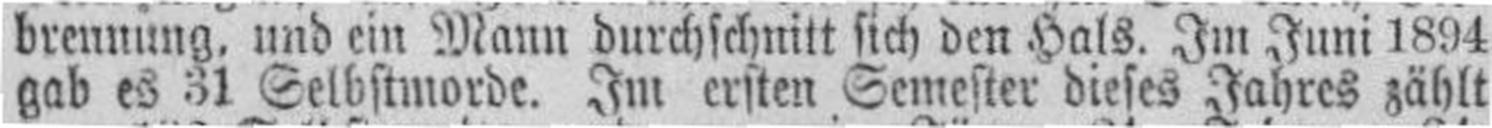
gab es 31 Selbstmorde. Im ersten Semester dieses Jahres zählt